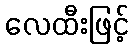
လေထီးဖြင့်